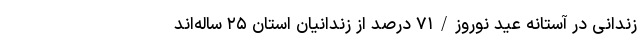
زندانی در آستانه عید نوروز/۷۱ درصد از زندانیان استان ۲۵ ساله‌اند